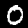
Digit: 0